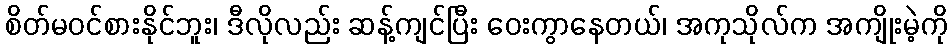
စိတ်မဝင်စားနိုင်ဘူး၊ ဒီလိုလည်း ဆန့်ကျင်ပြီး ဝေးကွာနေတယ်၊ အကုသိုလ်က အကျိုးမဲ့ကို